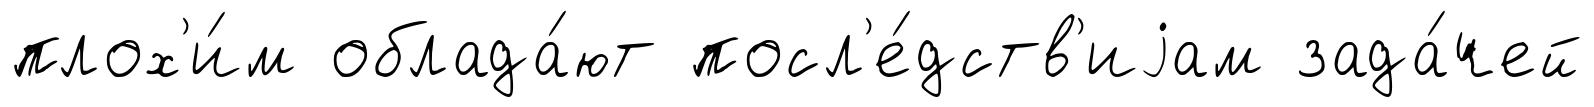
плох'и́м облада́ют посл'е́дств'иjам зада́чей